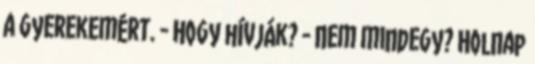
a gyerekemért. - Hogy hívják? - Nem mindegy? Holnap